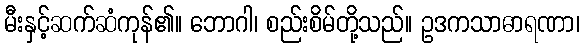
မီးနှင့်ဆက်ဆံကုန်၏။ ဘောဂါ၊ စည်းစိမ်တို့သည်။ ဥဒကသာဓာရဏာ၊